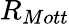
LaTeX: R_{Mott}